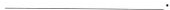
___.